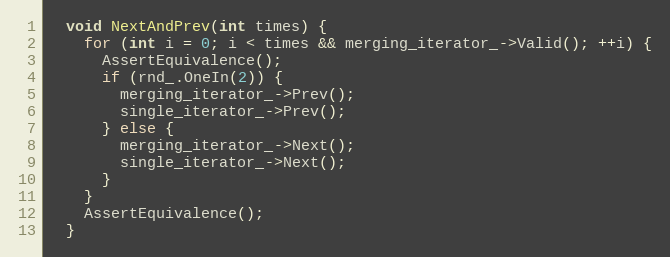
Language: C++
  void NextAndPrev(int times) {
    for (int i = 0; i < times && merging_iterator_->Valid(); ++i) {
      AssertEquivalence();
      if (rnd_.OneIn(2)) {
        merging_iterator_->Prev();
        single_iterator_->Prev();
      } else {
        merging_iterator_->Next();
        single_iterator_->Next();
      }
    }
    AssertEquivalence();
  }